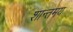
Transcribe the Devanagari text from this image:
शान्तमय